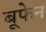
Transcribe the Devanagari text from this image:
बूफेन